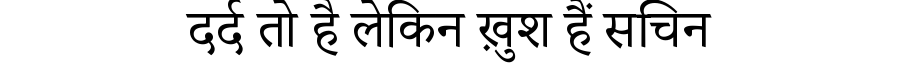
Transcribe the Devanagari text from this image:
दर्द तो है लेकिन ख़ुश हैं सचिन